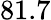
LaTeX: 81.7